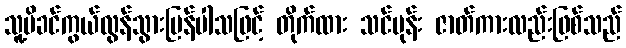
သူ့မိခင်ကွယ်လွန်သွားပြန်ပါသဖြင့် တိုက်ထား သင်ပုန်း ဇာတ်ကားလည်းဖြစ်သည်